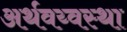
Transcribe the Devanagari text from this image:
अर्थवय्वस्था